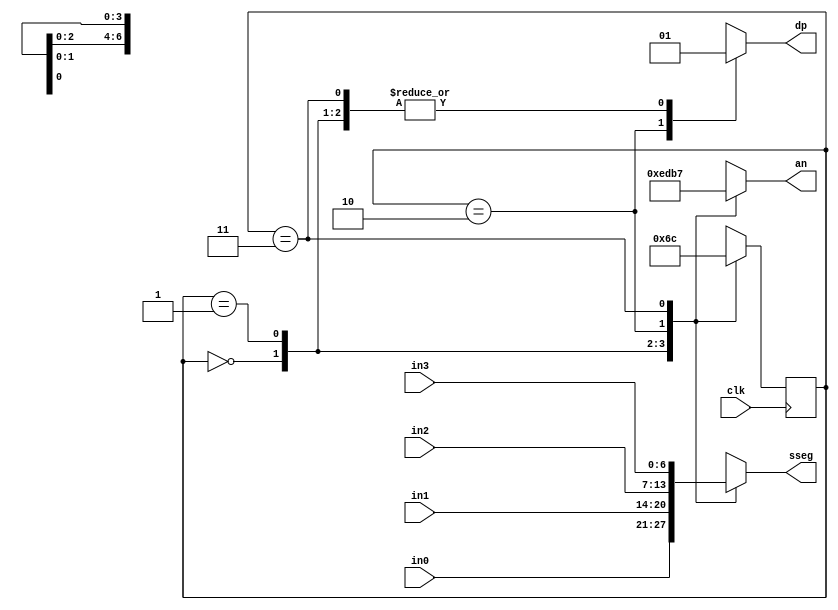
`timescale 1ns / 1ps



module disp_fsm(
    input clk,
    input [6:0] in0,
    input [6:0] in1,
    input [6:0] in2,
    input [6:0] in3,
    output reg [3:0] an,
    output reg [6:0] sseg,
    output reg dp
    );
    
    reg [1:0] state = 2'b00;
    reg [1:0] next_state;
    
    
    always @(*) begin
        case (state)
            2'b00: next_state = 2'b01;
            2'b01: next_state = 2'b10;
            2'b10: next_state = 2'b11;
            2'b11: next_state = 2'b00;
        endcase
     end
        
     always @(*) begin
        case (state)
            2'b00: sseg = in0;
            2'b01: sseg = in1;
            2'b10: sseg = in2;
            2'b11: sseg = in3;
        endcase
        
        case(state)
            2'b00: an = 4'b1110;
            2'b01: an = 4'b1101;
            2'b10: an = 4'b1011;
            2'b11: an = 4'b0111;
        endcase
        
        case (state)
            2'b00: dp = 1;
            2'b01: dp = 1;
            2'b10: dp = 0;
            2'b11: dp = 1;
        endcase
    end
    
    always @(posedge clk) begin
        state <= next_state;
    end
    
endmodule